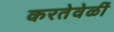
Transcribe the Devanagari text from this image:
करतेवेळीं